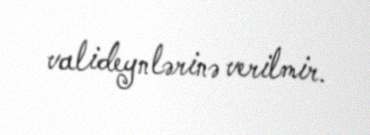
valideynlərinə verilmir.